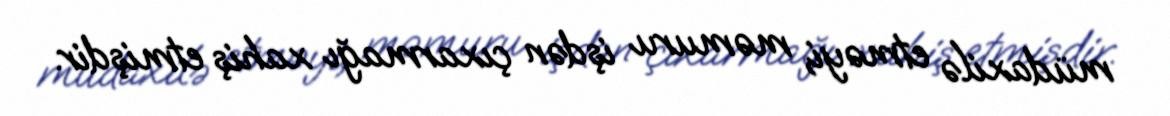
müdaxilə etməyi, məmuru işdən çıxarmağı xahiş etmişdir.